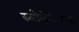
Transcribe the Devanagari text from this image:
स्लोव्हेनियाचा